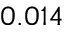
0 . 0 1 4